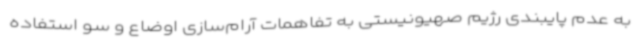
به عدم پایبندی رژیم صهیونیستی به تفاهمات آرام‌سازی اوضاع و سو استفاده